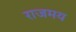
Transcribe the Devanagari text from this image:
राजमय